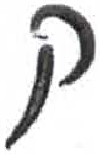
אות: ק